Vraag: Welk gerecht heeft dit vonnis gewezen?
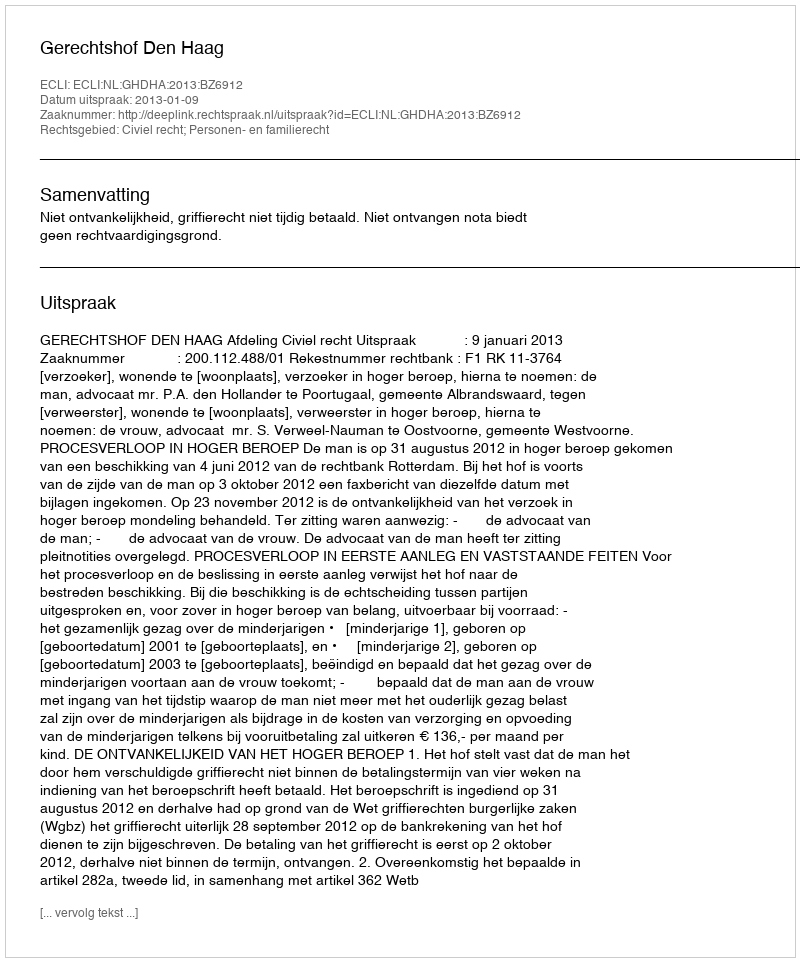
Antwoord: Gerechtshof Den Haag